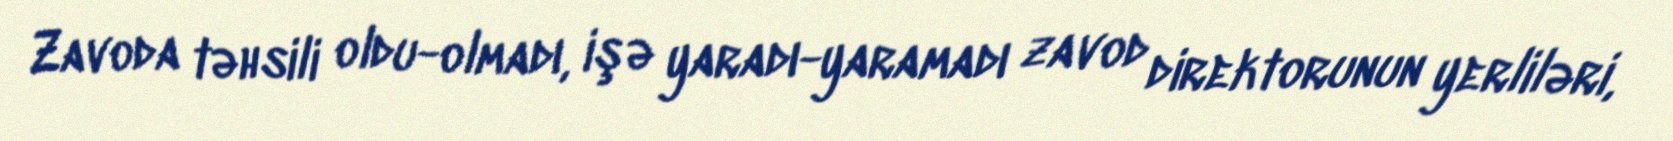
Zavoda təhsili oldu-olmadı, işə yaradı-yaramadı zavod direktorunun yerliləri,